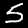
Digit: 5